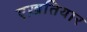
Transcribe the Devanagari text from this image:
एख़तियार